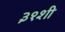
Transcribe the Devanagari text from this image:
३१शी